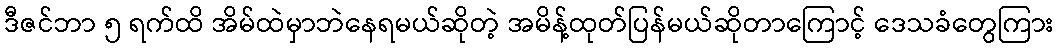
ဒီဇင်ဘာ ၅ ရက်ထိ အိမ်ထဲမှာဘဲနေရမယ်ဆိုတဲ့ အမိန့်ထုတ်ပြန်မယ်ဆိုတာကြောင့် ဒေသခံတွေကြား